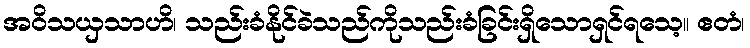
အဝိသယှသာဟိ၊ သည်းခံနိုင်ခဲသည်ကိုသည်းခံခြင်းရှိသောရှင်ရသေ့။ ဧတံ၊